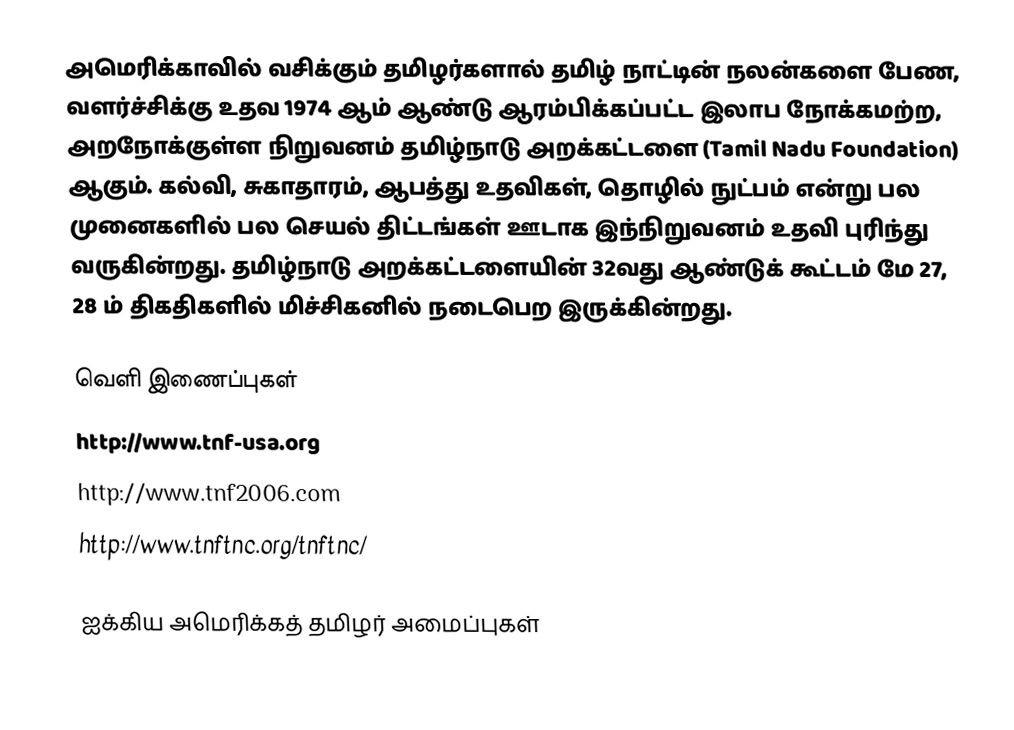
அமெரிக்காவில் வசிக்கும் தமிழர்களால் தமிழ் நாட்டின் நலன்களை பேண, வளர்ச்சிக்கு உதவ 1974 ஆம் ஆண்டு ஆரம்பிக்கப்பட்ட இலாப நோக்கமற்ற, அறநோக்குள்ள நிறுவனம் தமிழ்நாடு அறக்கட்டளை (Tamil Nadu Foundation) ஆகும்.  கல்வி, சுகாதாரம், ஆபத்து உதவிகள், தொழில் நுட்பம் என்று பல முனைகளில் பல செயல் திட்டங்கள் ஊடாக இந்நிறுவனம் உதவி புரிந்து வருகின்றது.  தமிழ்நாடு அறக்கட்டளையின் 32வது ஆண்டுக் கூட்டம் மே 27, 28 ம் திகதிகளில் மிச்சிகனில் நடைபெற இருக்கின்றது.

வெளி இணைப்புகள்
 http://www.tnf-usa.org
 http://www.tnf2006.com
 http://www.tnftnc.org/tnftnc/

ஐக்கிய அமெரிக்கத் தமிழர் அமைப்புகள்